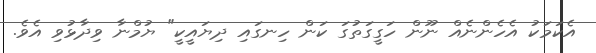
އެކަމަކު އެހެންނެއް ނޫން ހަގީގަތުގަ ކަން ހިނގައި ދިޔައީކީ" ޔުމްނާ ވިދާޅުވި އެވެ.